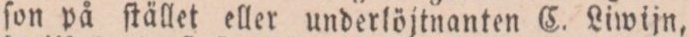
ſon på ſtället eller underlöjtnanten C. Liwijn,